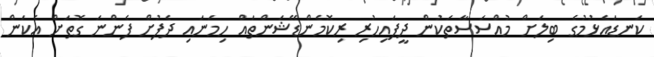
ކަނޑައެޅުމުގެ ބިލަށް މުއްސަސާތަކުން ދީފައިހުރި ރިކޮމެންޑޭޝަންތައް ހިމަނައި ދެފުށް ފެންނަ ގޮތަށް އެކަން